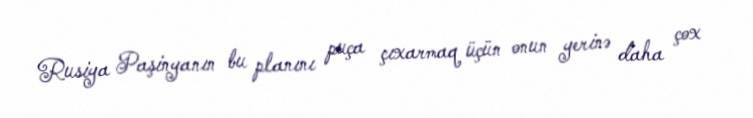
Rusiya Paşinyanın bu planını puça çıxarmaq üçün onun yerinə daha çox